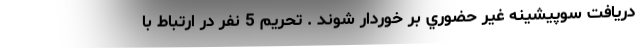
دريافت سوپيشينه غير حضوري بر خوردار شوند . تحریم 5 نفر در ارتباط با